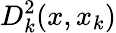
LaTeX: D_{k}^{2}(x,x_{k})